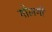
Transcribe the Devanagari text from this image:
गोलगी